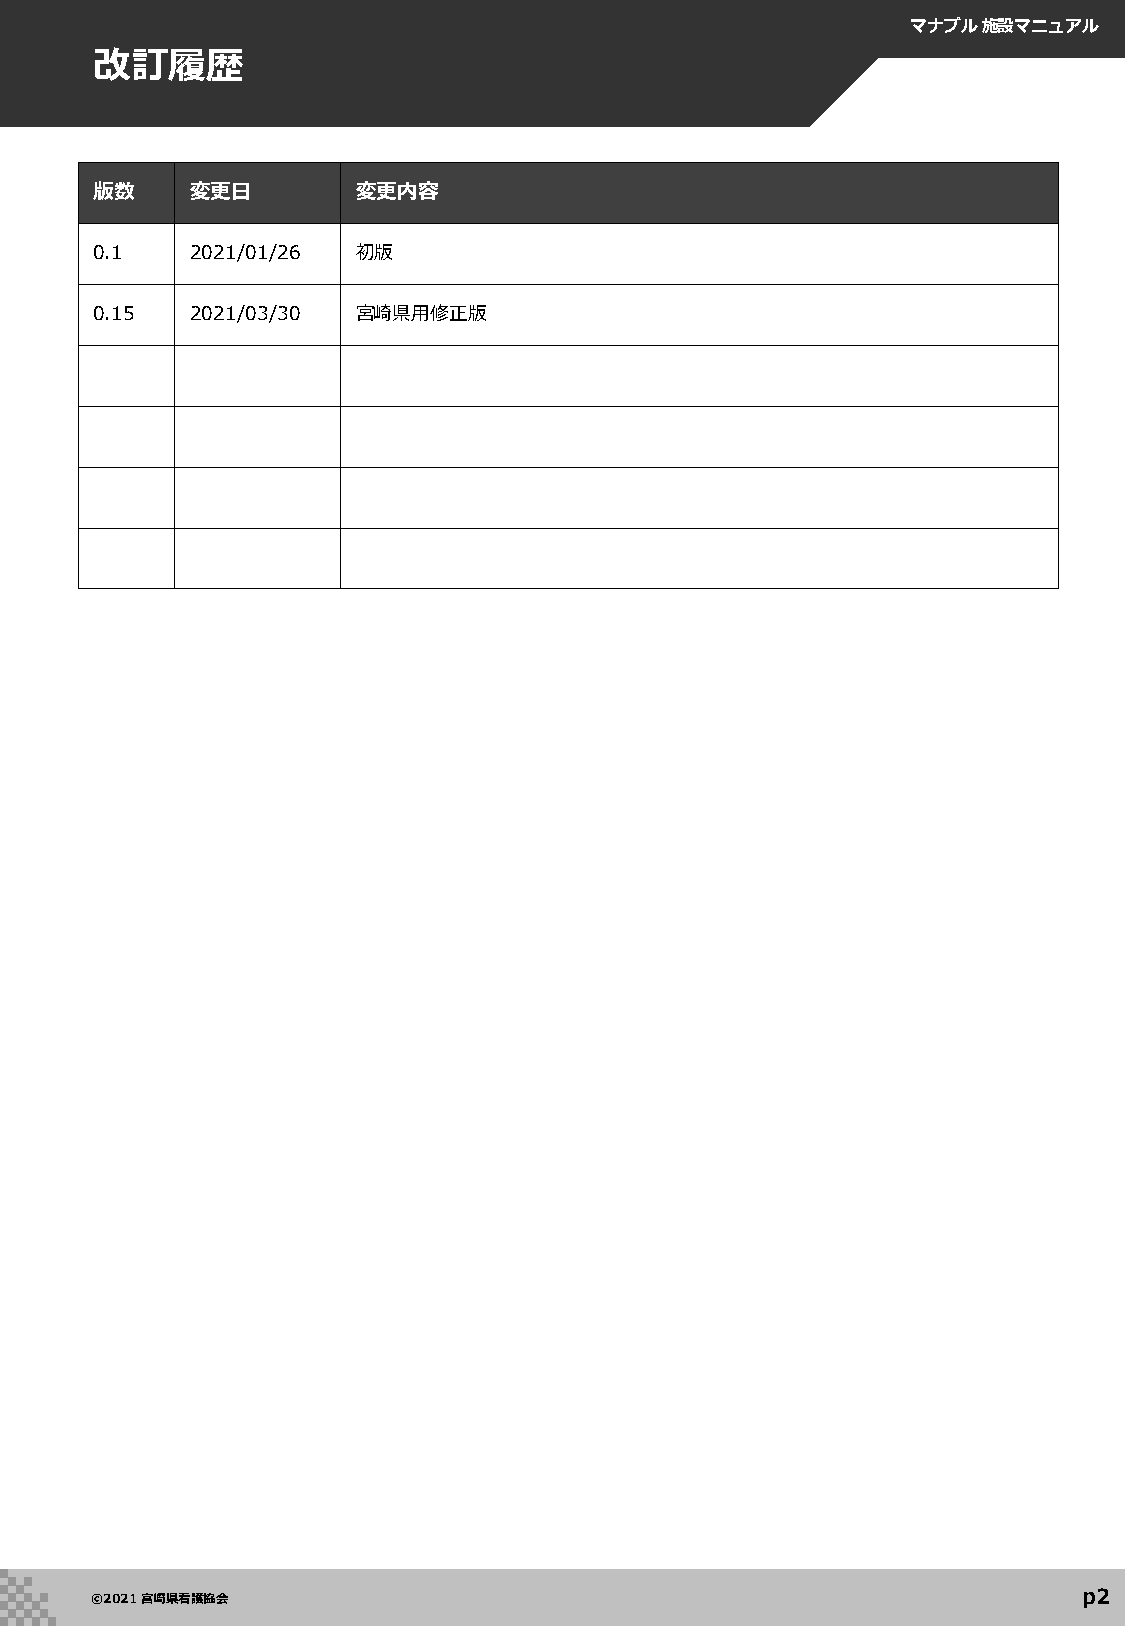
マナブル施設マニュアル
 改訂履歴
 版数     変更日        変更内容
 0.1    2021/01/26 初版
 0.15   2021/03/30 宮崎県用修正版
 p2
 ©2021 宮崎県看護協会